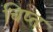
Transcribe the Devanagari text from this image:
चिष्त